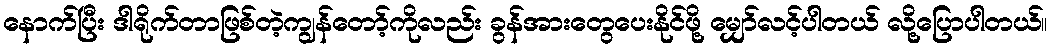
နောက်ပြီး ဒါရိုက်တာဖြစ်တဲ့ကျွန်တော့်ကိုလည်း ခွန်အားတွေပေးနိုင်ဖို့ မျှော်လင့်ပါတယ် လို့ပြောပါတယ်။